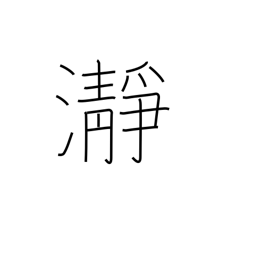
Meaning: clear water